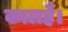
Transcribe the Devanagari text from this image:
कालहै।